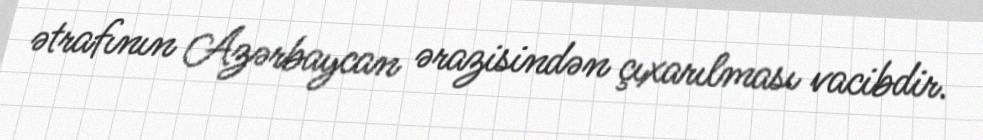
ətrafının Azərbaycan ərazisindən çıxarılması vacibdir.